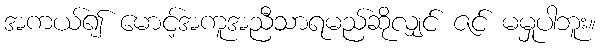
အကယ်၍ မောင့်အကူအညီသာရမည်ဆိုလျှင် ဇင် မမှုပါဘူး။